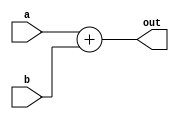
module AddAlu(a, b, out);
    input [31:0] a, b;
    output [31:0] out;
    assign out = a+b;
endmodule